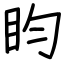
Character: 盷